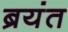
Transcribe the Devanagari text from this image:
ब्रयंत